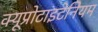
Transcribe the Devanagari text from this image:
क्यूप्रोटाइटेनियम